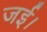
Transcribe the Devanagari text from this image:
जई।